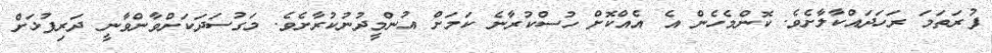
ފުރަތަމަ ރަހަދައްކާލާށެވެ. ކޮންމެހެން އެ އެއްކޮށް ހުސްކުރާނެ ކަމަށް އުންމީދުނުކުރާށެވެ. މަގުސަދަކަށްވާންވާނީ ދަރިފުޅަށް